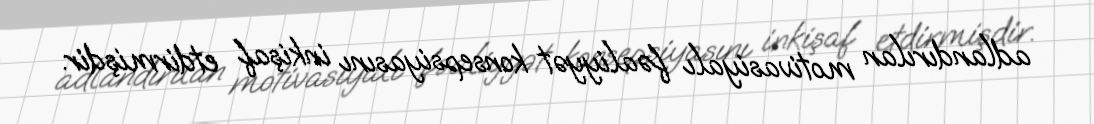
adlandırılan motivasiyalı fəaliyyət konsepsiyasını inkişaf etdirmişdir.